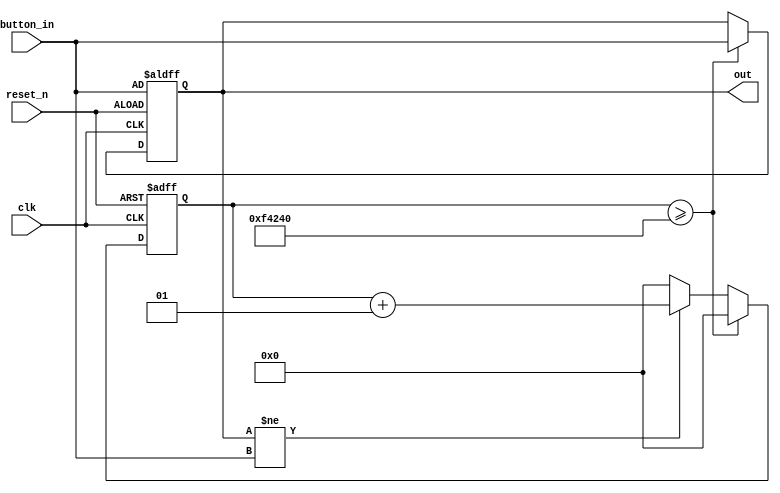
`timescale 1ns / 1ps

module debounce(
    input clk,
    input reset_n,
    input button_in,
    output out
    );
    parameter debounce_delay = 1_000_000;
    integer delay_counter;
    reg prev_state;
    always @(posedge clk, negedge reset_n) begin
        if (!reset_n) begin
            delay_counter = 0;
            prev_state = button_in;
        end
        else begin
            if (delay_counter >= debounce_delay) begin
                delay_counter = 0;
                prev_state = button_in;
            end
            else if (prev_state != button_in) begin
                delay_counter = delay_counter + 1;
            end
            else
                delay_counter = 0;
        end
    end
    assign out = prev_state;
endmodule